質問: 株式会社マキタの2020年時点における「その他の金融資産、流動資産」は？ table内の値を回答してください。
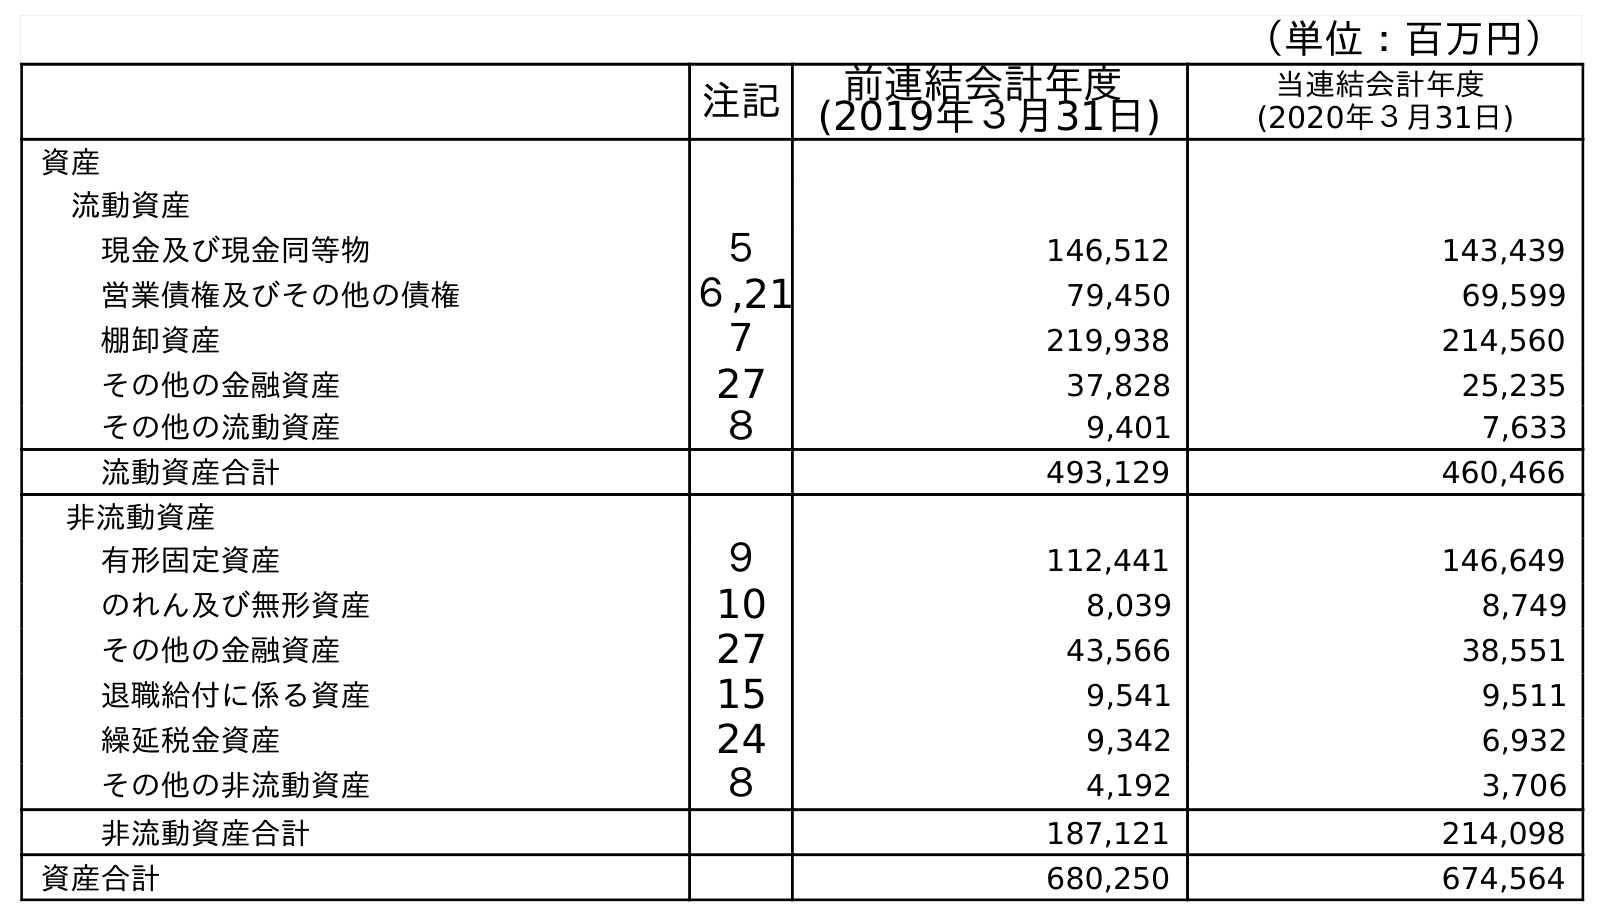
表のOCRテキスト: （単位：百万円） 注記 前連結会計年度 (2019年３月31日) 当連結会計年度 (2020年３月31日) 資産 流動資産 現金及び現金同等物 ５ 146,512 143,439 営業債権及びその他の債権 ６,21 79,450 69,599 棚卸資産 ７ 219,938 214,560 その他の金融資産 27 37,828 25,235 その他の流動資産 ８ 9,401 7,633 流動資産合計 493,129 460,466 非流動資産 有形固定資産 ９ 112,441 146,649 のれん及び無形資産 10 8,039 8,749 その他の金融資産 27 43,566 38,551 退職給付に係る資産 15 9,541 9,511 繰延税金資産 24 9,342 6,932 その他の非流動資産 ８ 4,192 3,706 非流動資産合計 187,121 214,098 資産合計 680,250 674,564
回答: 25,235